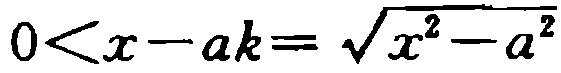
\(0<x - ak = \sqrt{x^{2}-a^{2}}\)